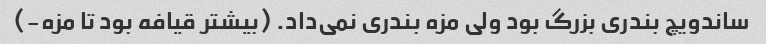
ساندویچ بندری بزرگ بود ولی مزه بندری نمی‌داد. (بیشتر قیافه بود تا مزه-)